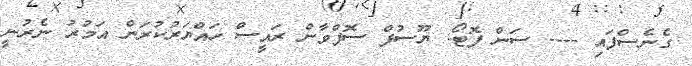
ގެނެސްފައި ---- ސަން ފޮޓޯ: ޔޫސުފް ސޮފްވާން ރައީސް ހައްޔަރުކުރަން އަމުރު ނެރުނީ